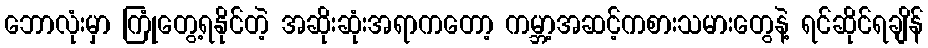
ဘောလုံးမှာ ကြုံတွေ့ရနိုင်တဲ့ အဆိုးဆုံးအရာကတော့ ကမ္ဘာ့အဆင့်ကစားသမားတွေနဲ့ ရင်ဆိုင်ရချိန်